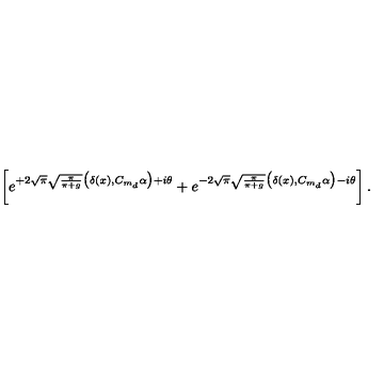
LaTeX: \left[ e ^ { + 2 \sqrt { \pi } \sqrt { \frac { \pi } { \pi + g } } \big ( \delta ( x ) , C _ { m _ { d } } \alpha \big ) + i \theta } + e ^ { - 2 \sqrt { \pi } \sqrt { \frac { \pi } { \pi + g } } \big ( \delta ( x ) , C _ { m _ { d } } \alpha \big ) - i \theta } \right] .